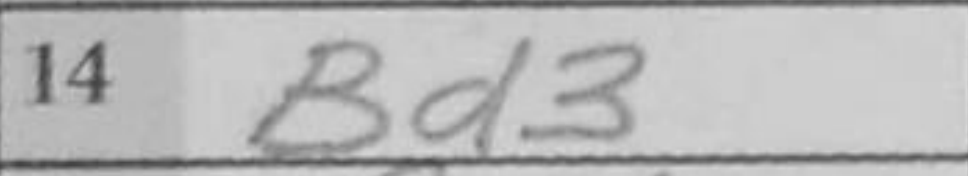
Transcription: Bd3